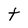
Character: t